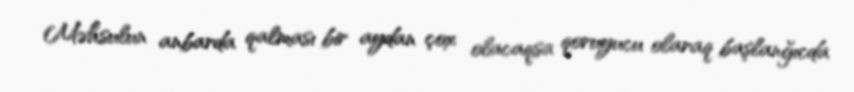
Məhsulun anbarda qalması bir aydan çox olacaqsa qoruyucu olaraq başlanğıcda